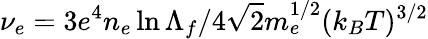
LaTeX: \nu_{e}={3e^{4}n_{e}\ln\Lambda_{f}}/4\sqrt{2}m_{e}^{1/2}(k_{B}T)^{3/2}